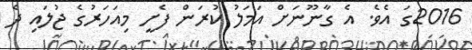
2016ގަ އެވެ. އެ ގާނޫނަށް އަމަލު ކުރަން ފެށީ މިއަހަރުގެ ޖުލައި ދެ